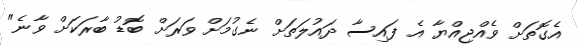
އެގޮތަށް ވެއްޖިއްޔާ އެ ފައިސާ ދައުލަތަށް ނެގުމަށް ވަރަށް ބޮޑު ބާރަކަށް ވާނެ"